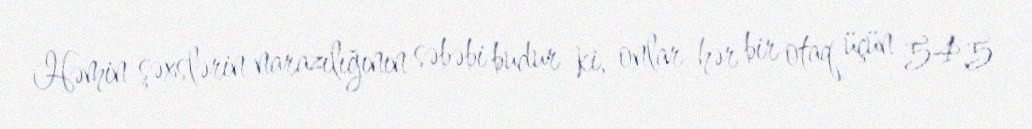
Həmin şəxslərin narazılığının səbəbi budur ki, onlar hər bir otaq üçün 54,5